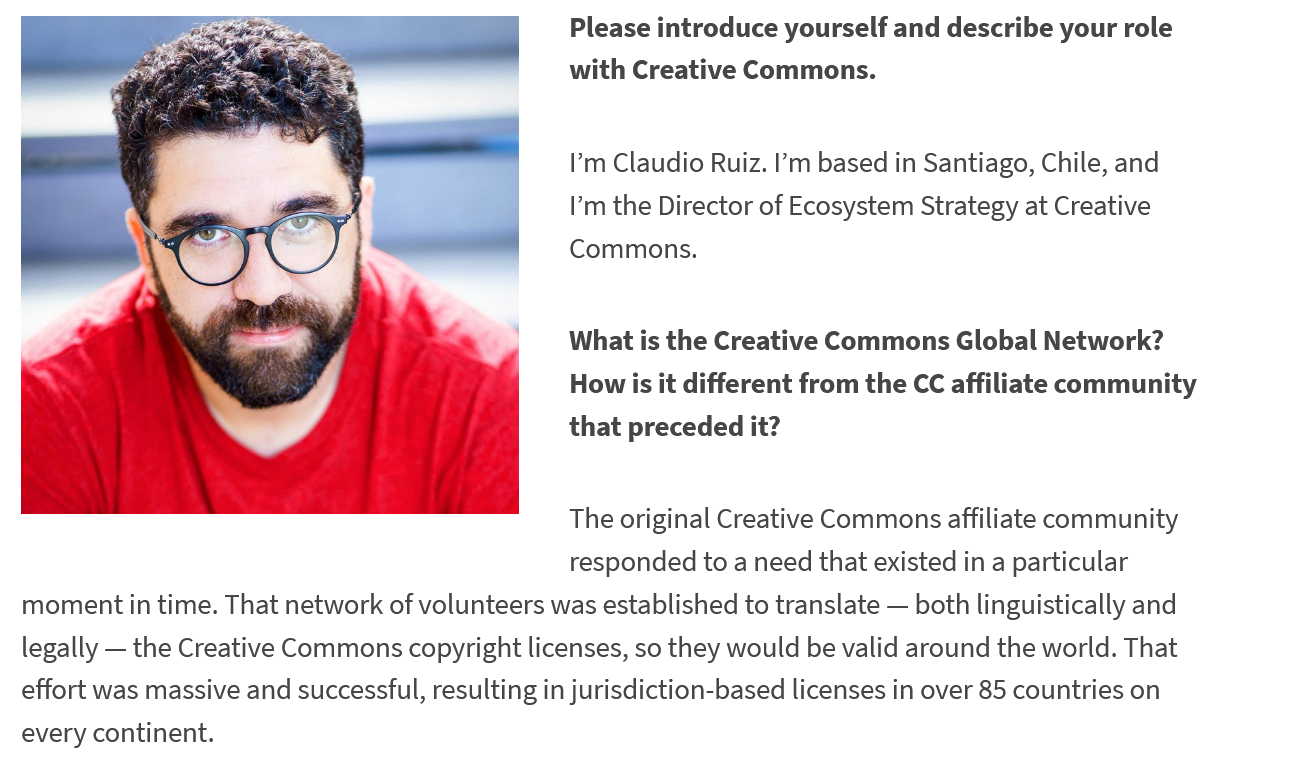
Please introduce yourself and describe your role
     with Creative Commons.
     I’m Claudio Ruiz. I’m based in Santiago, Chile, and
     I’m the Director of Ecosystem Strategy at Creative
     Commons.
     What is the Creative Commons Global Network?
     How is it different from the CC affiliate community
     that preceded it?
     The original Creative Commons affiliate community
     responded to a need that existed in a particular
  moment in time. That network of volunteers was established to translate
     —
     both linguistically and
  legally —
     the Creative Commons copyright licenses, so they would be valid around the world. That
  effort was massive and successful, resulting in jurisdiction-based licenses in over 85 countries on
  every continent.